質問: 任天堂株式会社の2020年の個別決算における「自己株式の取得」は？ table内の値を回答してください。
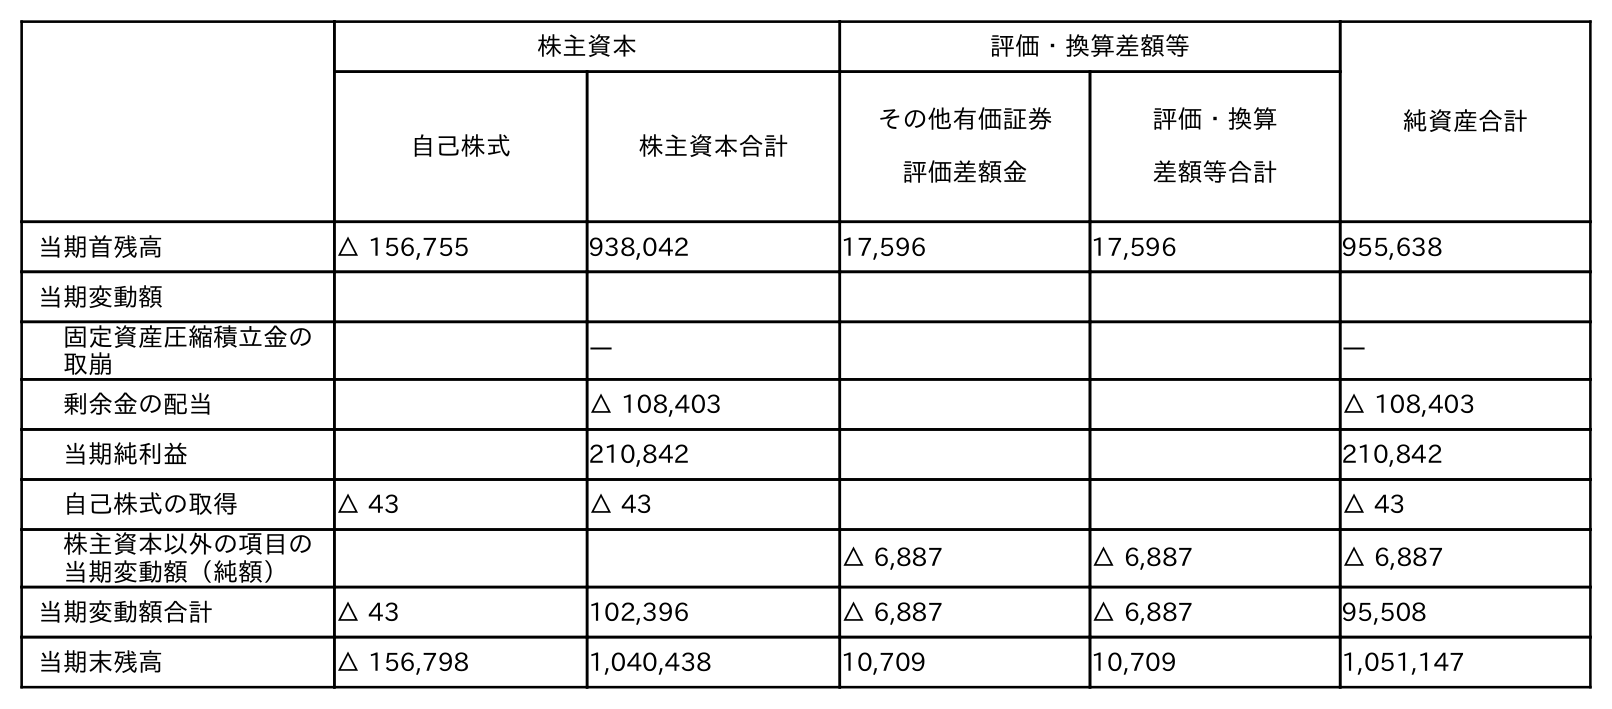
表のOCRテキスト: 株主資本 評価・換算差額等 純資産合計 自己株式 株主資本合計 その他有価証券 評価差額金 評価・換算 差額等合計 当期首残高 △ 156,755 938,042 17,596 17,596 955,638 当期変動額 固定資産圧縮積立金の 取崩 ― ― 剰余金の配当 △ 108,403 △ 108,403 当期純利益 210,842 210,842 自己株式の取得 △ 43 △ 43 △ 43 株主資本以外の項目の 当期変動額（純額） △ 6,887 △ 6,887 △ 6,887 当期変動額合計 △ 43 102,396 △ 6,887 △ 6,887 95,508 当期末残高 △ 156,798 1,040,438 10,709 10,709 1,051,147
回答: △43